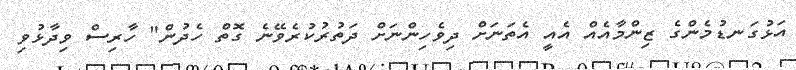
އަޅުގަނޑުމެންގެ ޒިންމާއެއް އެއީ އެތަނަށް ދިވެހިންނަށް ދަތުރުކުރެވޭނެ ގޮތް ހެދުން" ހާރިސް ވިދާޅުވި